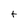
Character: t